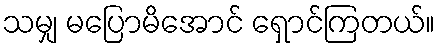
သမျှ မပြောမိအောင် ရှောင်ကြတယ်။